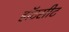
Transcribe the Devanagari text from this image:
हॉटसीट